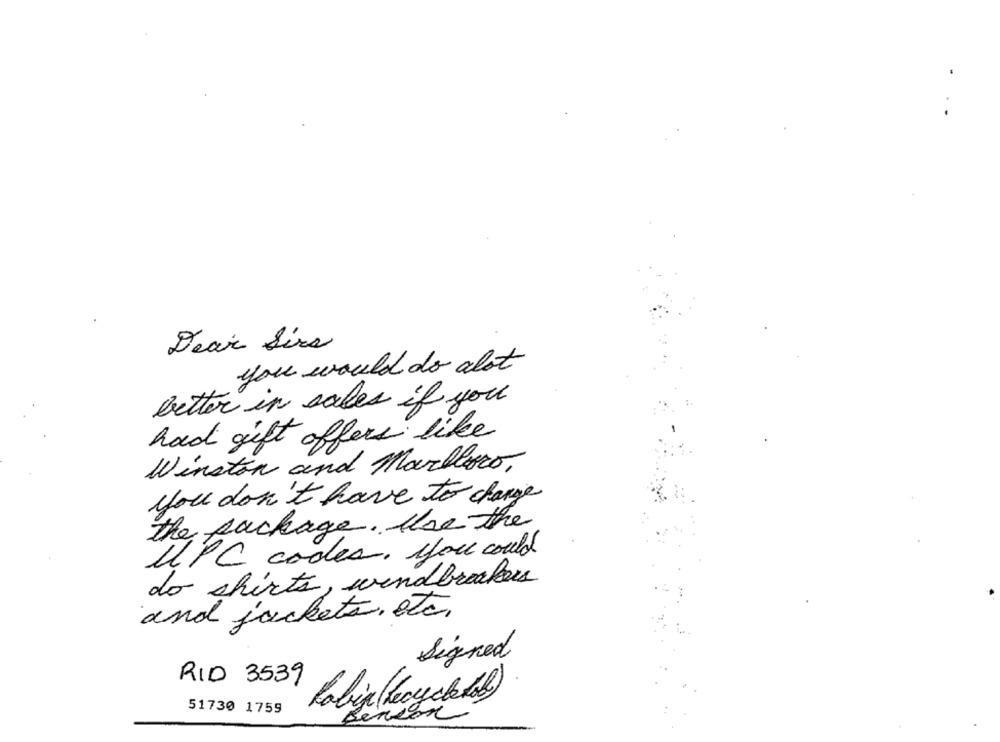
Dear Sirs
you would do alot
better in sales if you
had gift offers like
Winston and Marlboro.
you don't have to change
the package. the the
UPC codes. you could
do shirts, windbreakers
and jackets, etc.
Signed
RID 3539
Robin (recycle lol)
51730 1759